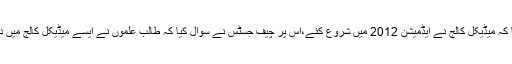
احسن بھون نے کہا کہ میڈیکل کالج نے ایڈمیشن 2012 میں شروع کئے،اس پر چیف جسٹس نے سوال کیا کہ طالب علموں نے ایسے میڈیکل کالج میں داخلہ کیسے لے لیا؟